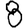
Digit: 8